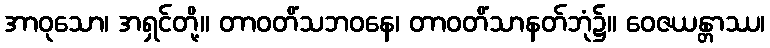
အာဝုသော၊ အရှင်တို့။ တာဝတိံသဘဝနေ၊ တာဝတိံသာနတ်ဘုံ၌။ ဝေဇယန္တာဿ၊